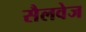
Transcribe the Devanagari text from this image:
सैलवेज